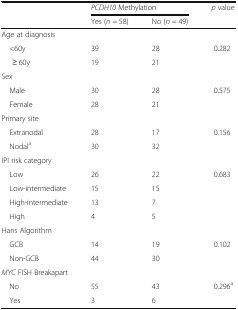
<table><thead><tr><td rowspan="2"></td><td colspan="2"><b><i>PCDH10</i> Methylation</b></td><td rowspan="2"><b><i>p</i> value</b></td></tr><tr><td><b>Yes (<i>n</i> = 58)</b></td><td><b>No (<i>n</i> = 49)</b></td></tr></thead><tbody><tr><td colspan="4">Age at diagnosis</td></tr><tr><td> &lt;60y</td><td>39</td><td>28</td><td rowspan="2">0.282</td></tr><tr><td>≥ 60y</td><td>19</td><td>21</td></tr><tr><td colspan="4">Sex</td></tr><tr><td> Male</td><td>30</td><td>28</td><td rowspan="2">0.575</td></tr><tr><td> Female</td><td>28</td><td>21</td></tr><tr><td colspan="4">Primary site</td></tr><tr><td> Extranodal</td><td>28</td><td>17</td><td rowspan="2">0.156</td></tr><tr><td> Nodal<sup>a</sup></td><td>30</td><td>32</td></tr><tr><td colspan="4">IPI risk category</td></tr><tr><td> Low</td><td>26</td><td>22</td><td rowspan="3">0.683</td></tr><tr><td> Low-intermediate</td><td>15</td><td>15</td></tr><tr><td> High-intermediate</td><td>13</td><td>7</td></tr><tr><td> High</td><td>4</td><td>5</td><td></td></tr><tr><td colspan="4">Hans Algorithm</td></tr><tr><td> GCB</td><td>14</td><td>19</td><td rowspan="2">0.102</td></tr><tr><td> Non-GCB</td><td>44</td><td>30</td></tr><tr><td colspan="4"><i>MYC</i> FISH Breakapart</td></tr><tr><td> No</td><td>55</td><td>43</td><td rowspan="2">0.296<sup>a</sup></td></tr><tr><td> Yes</td><td>3</td><td>6</td></tr></tbody></table>